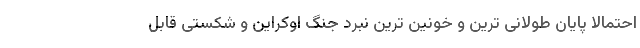
احتمالاً پایان طولانی ترین و خونین ترین نبرد جنگ اوکراین و شکستی قابل